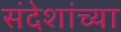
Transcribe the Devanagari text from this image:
संदेशांच्या